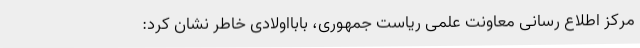
مرکز اطلاع رسانی معاونت علمی ریاست جمهوری، بابااولادی خاطر نشان کرد: